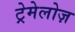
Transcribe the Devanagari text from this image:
ट्रेमेलोज़